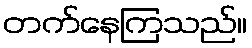
တက်နေကြသည်။